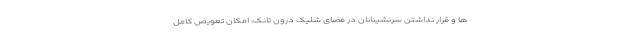
ها و قرار نداشتن سرنشینانان در فضای شلیک درون تانک، امکان تعویض کامل